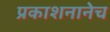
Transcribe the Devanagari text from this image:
प्रकाशनानेच